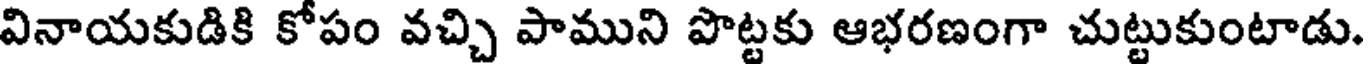
వినాయకుడికి కోపం వచ్చి పాముని పొట్టకు ఆభరణంగా చుట్టుకుంటాడు.